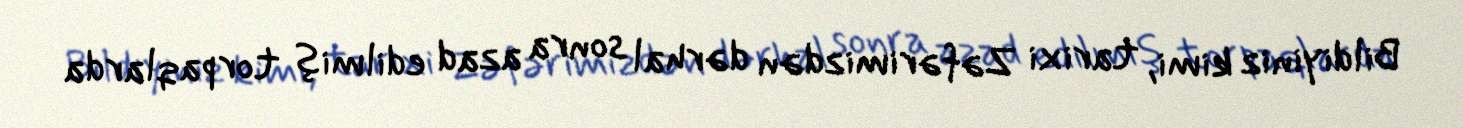
Bildiyiniz kimi, tarixi Zəfərimizdən dərhal sonra azad edilmiş torpaqlarda